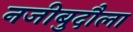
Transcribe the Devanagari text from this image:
नजीबुदौला